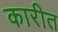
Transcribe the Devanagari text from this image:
कारीत